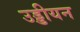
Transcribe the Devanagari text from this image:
उड्डीयन